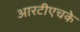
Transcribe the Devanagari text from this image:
आरटीएचके